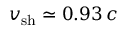
v _ { \mathrm { s h } } \simeq 0 . 9 3 \, c